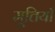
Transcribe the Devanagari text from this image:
मूत्तियाँ